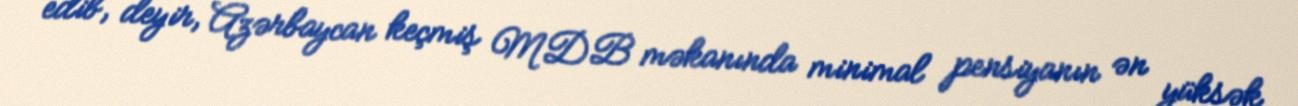
edib, deyir, Azərbaycan keçmiş MDB məkanında minimal pensiyanın ən yüksək